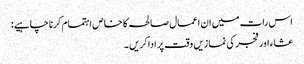
اس رات میں ان اعمال صالحہ کا خاص اہتمام کرنا چاہیے:
عشاء اور فجر کی نمازیں وقت پر ادا کریں ۔